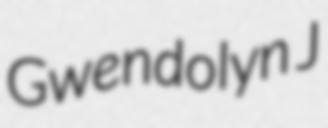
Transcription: Gwendolyn J